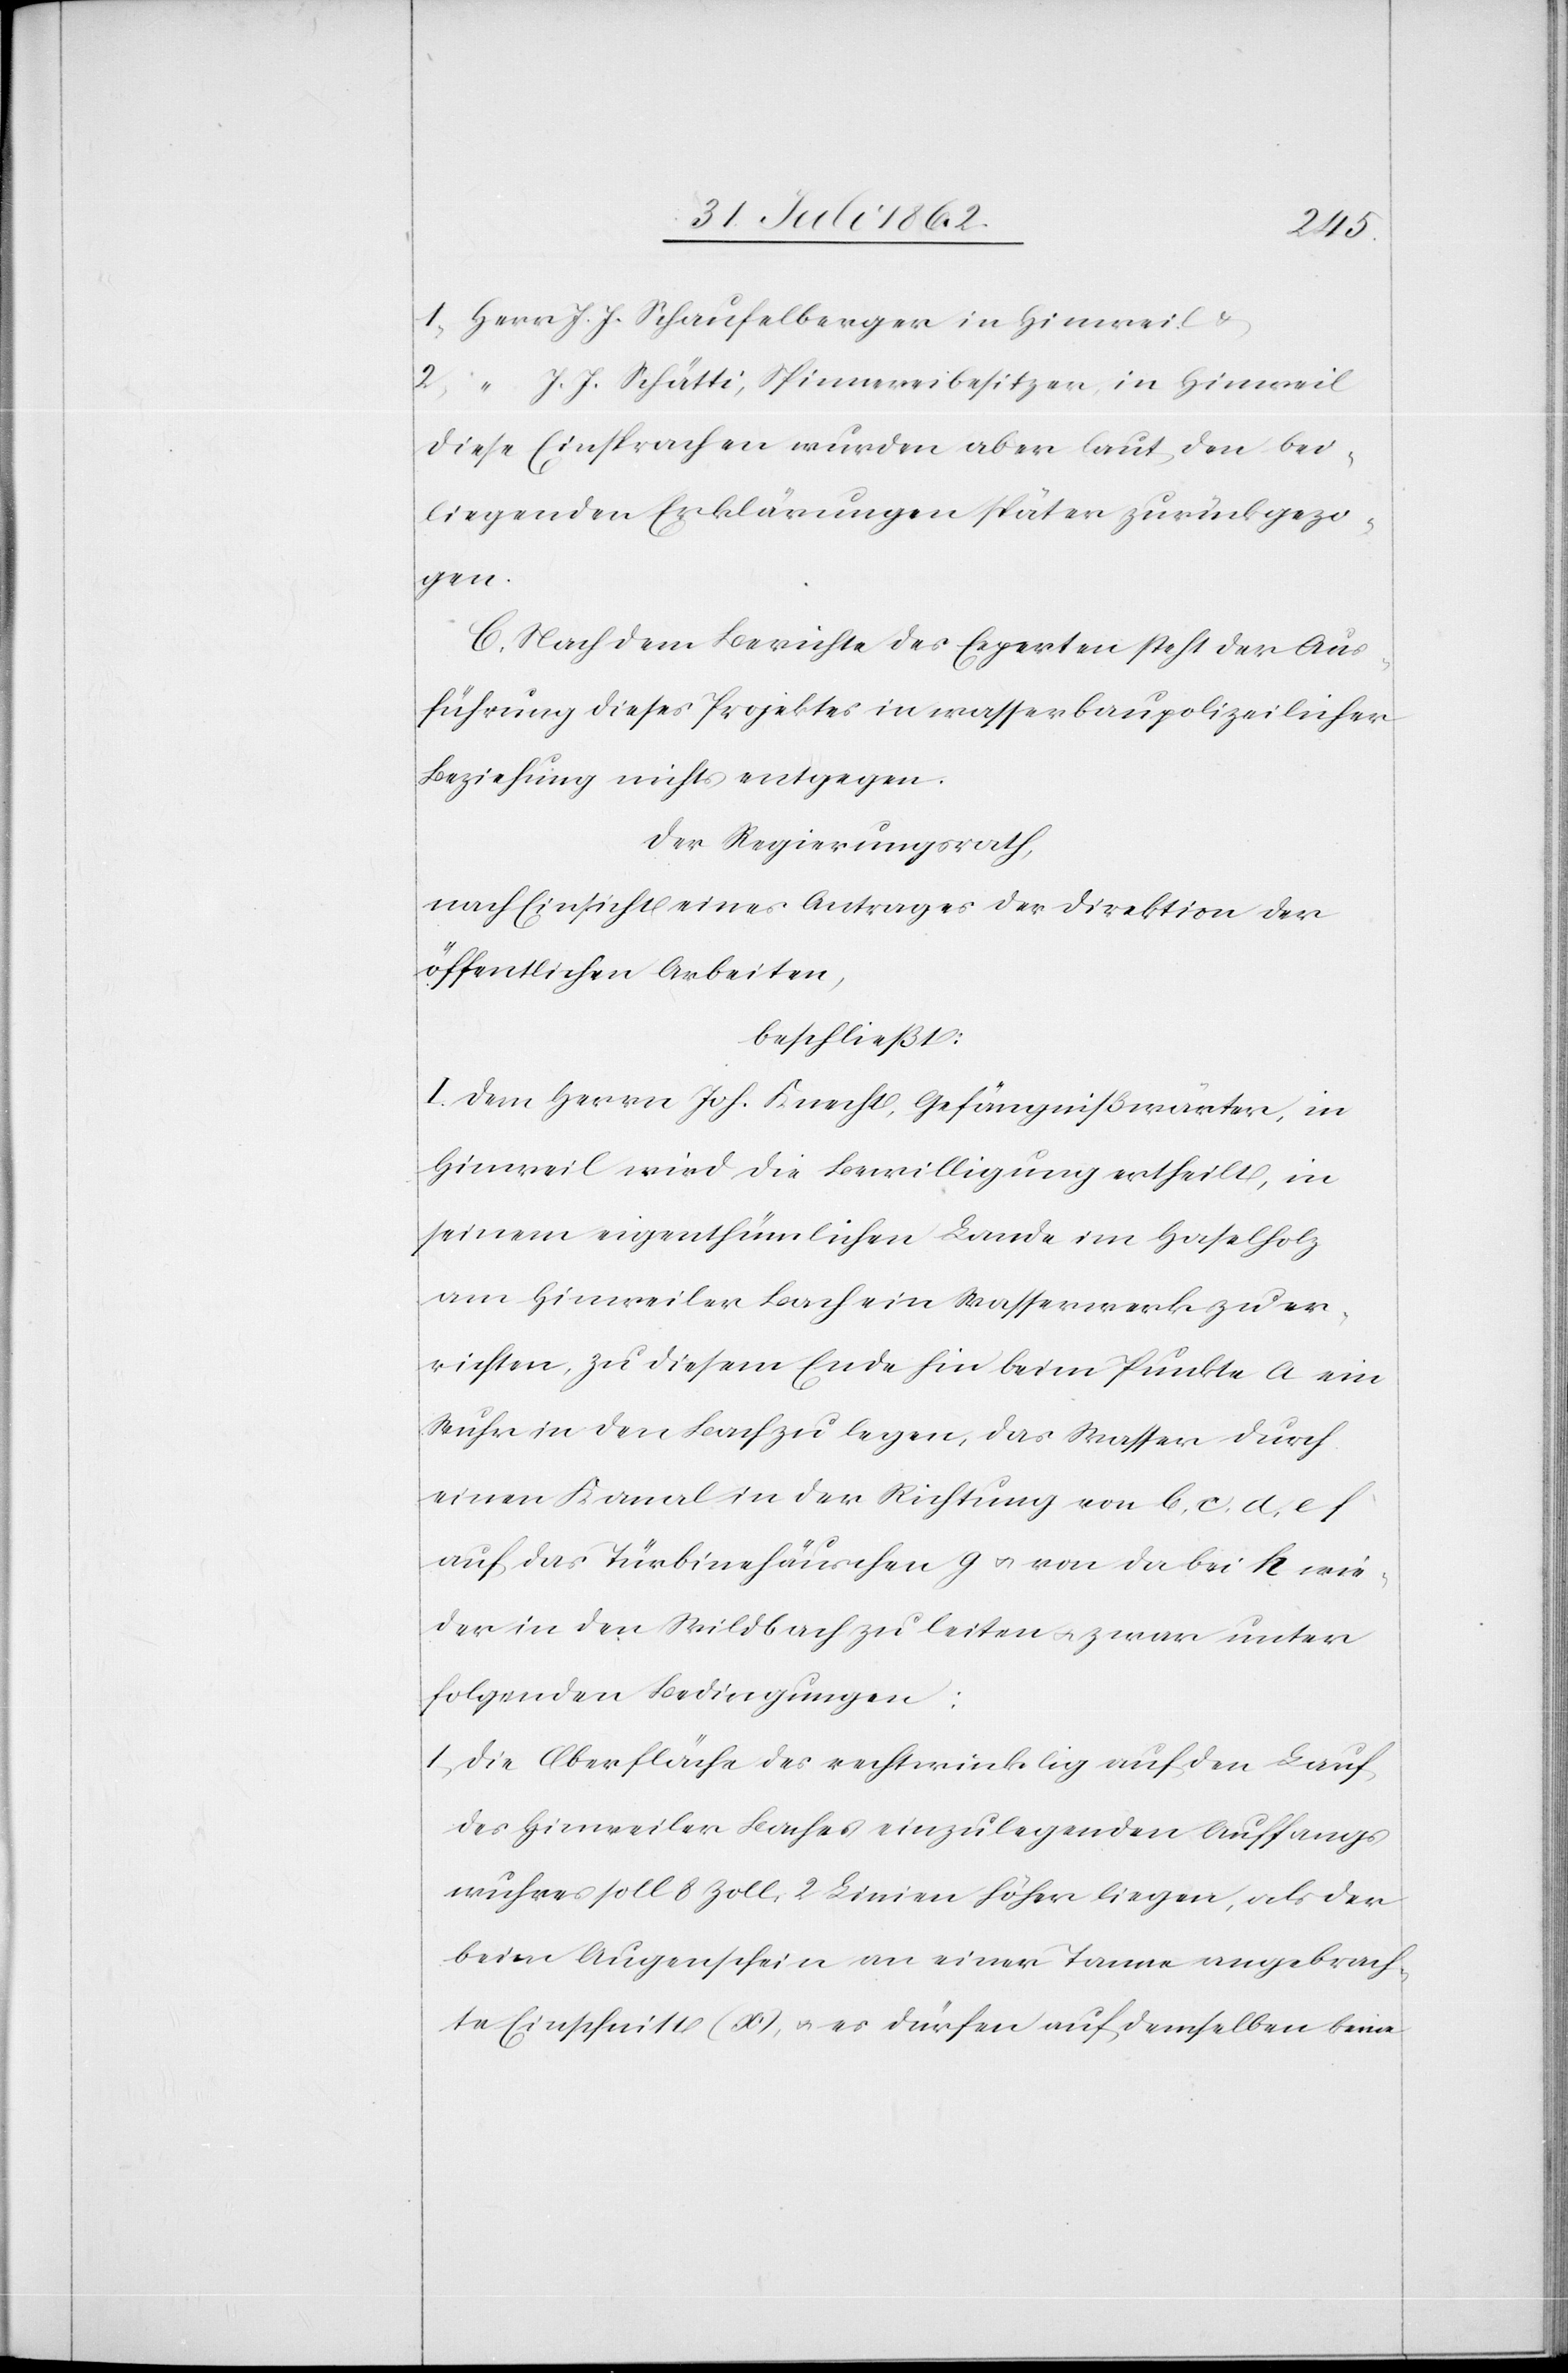
1. Herr J. J. Schaufelberger in Hinweil u.
2. “ J. J. Schätti, Spinnereibesitzer, in Hinweil
Diese Einsprachen wurden aber laut den bei¬
liegenden Erklärungen später zurückgezo¬
gen.
C. Nach dem Berichte des Experten steht der Aus¬
führung dieses Projektes in wasserbaupolizeilicher
Beziehung nichts entgegen.
Der Regierungsrath,
nach Einsicht eines Antrages der Direktion der
öffentlichen Arbeiten,
beschließt:
I. Dem Herrn Joh. Knecht, Gefängnißwärter, in
Hinweil wird die Bewilligung ertheilt, in
seinem eigenthümlichen Lande im Haselholz
am Hinweiler Bach ein Wasserwerk zu er¬
richten, zu diesem Ende hin beim Punkte a ein
Wuhr in den Bach zu legen, das Wasser durch
einen Kanal in der Richtung von b, c, d, e f
auf das Türbinehäuschen g u. von da bei h wie¬
der in den Wildbach zu leiten u. zwar unter
folgenden Bedingungen:
1) Die Oberfläche des rechtwinklig auf den Lauf
des Hinweiler Baches einzulegenden Auffangs¬
wuhres soll 8 Zoll, 2 Linien höher liegen, als der
beim Augenschein an einer Tanne angebrach¬
te Einschnitt (x), u. es dürfen auf demselben keine